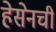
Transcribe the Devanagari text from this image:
हेसेनची